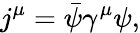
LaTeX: j^{\mu}=\bar{\psi}\gamma^{\mu}\psi,